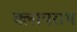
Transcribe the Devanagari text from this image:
क्लापराथ